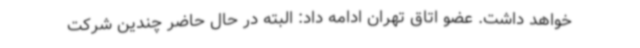
خواهد داشت. عضو اتاق تهران ادامه داد: البته در حال حاضر چندین شرکت‌